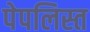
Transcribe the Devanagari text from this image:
पेपलिस्त